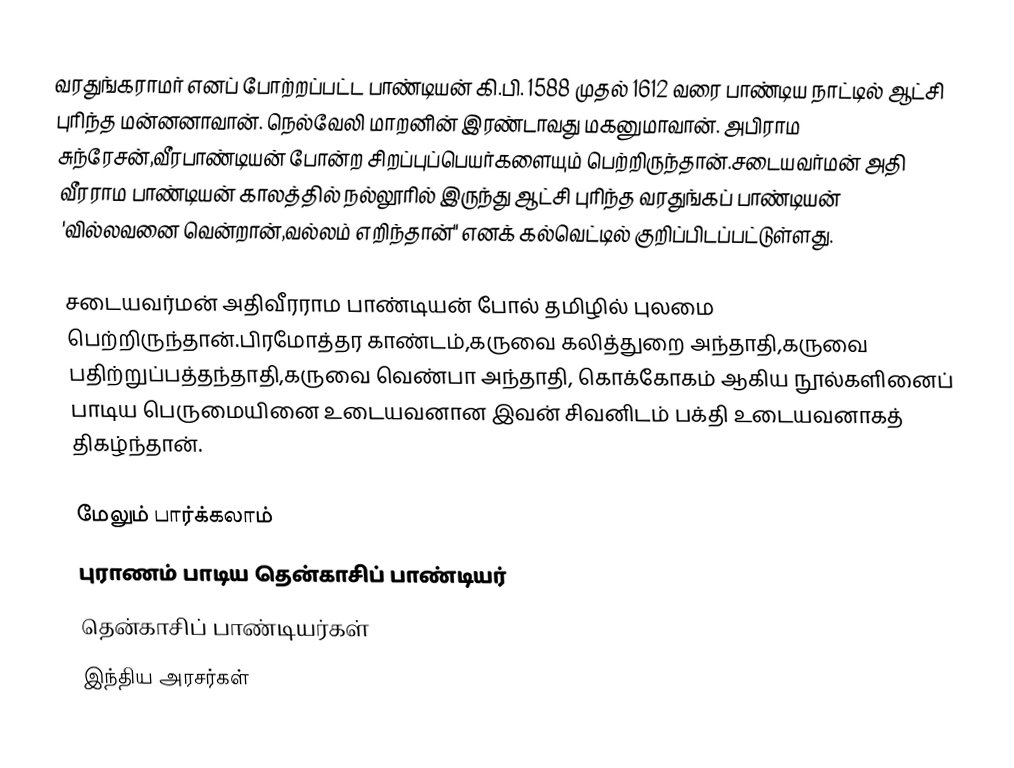
வரதுங்கராமர் எனப் போற்றப்பட்ட பாண்டியன் கி.பி. 1588 முதல் 1612 வரை பாண்டிய நாட்டில் ஆட்சி புரிந்த மன்னனாவான். நெல்வேலி மாறனின் இரண்டாவது மகனுமாவான். அபிராம சுந்ரேசன்,வீரபாண்டியன் போன்ற சிறப்புப்பெயர்களையும் பெற்றிருந்தான்.சடையவர்மன் அதி வீரராம பாண்டியன் காலத்தில் நல்லூரில் இருந்து ஆட்சி புரிந்த வரதுங்கப் பாண்டியன் 'வில்லவனை வென்றான்,வல்லம் எறிந்தான்" எனக் கல்வெட்டில் குறிப்பிடப்பட்டுள்ளது.

சடையவர்மன் அதிவீரராம பாண்டியன் போல் தமிழில் புலமை பெற்றிருந்தான்.பிரமோத்தர காண்டம்,கருவை கலித்துறை அந்தாதி,கருவை பதிற்றுப்பத்தந்தாதி,கருவை வெண்பா அந்தாதி, கொக்கோகம் ஆகிய நூல்களினைப் பாடிய பெருமையினை உடையவனான இவன் சிவனிடம் பக்தி உடையவனாகத் திகழ்ந்தான்.

மேலும் பார்க்கலாம்
 புராணம் பாடிய தென்காசிப் பாண்டியர்
தென்காசிப் பாண்டியர்கள்
இந்திய அரசர்கள்